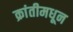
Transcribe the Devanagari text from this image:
क्रांतीमधून